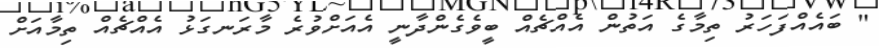
" ބައެއްފަހަރު ތިމާގެ އަތުން އެއްޗެއް ބީވެގެންދާނީ އެއަށްވުރެ މާރަނގަޅު އެއްޗެއް ތިމާއަށް